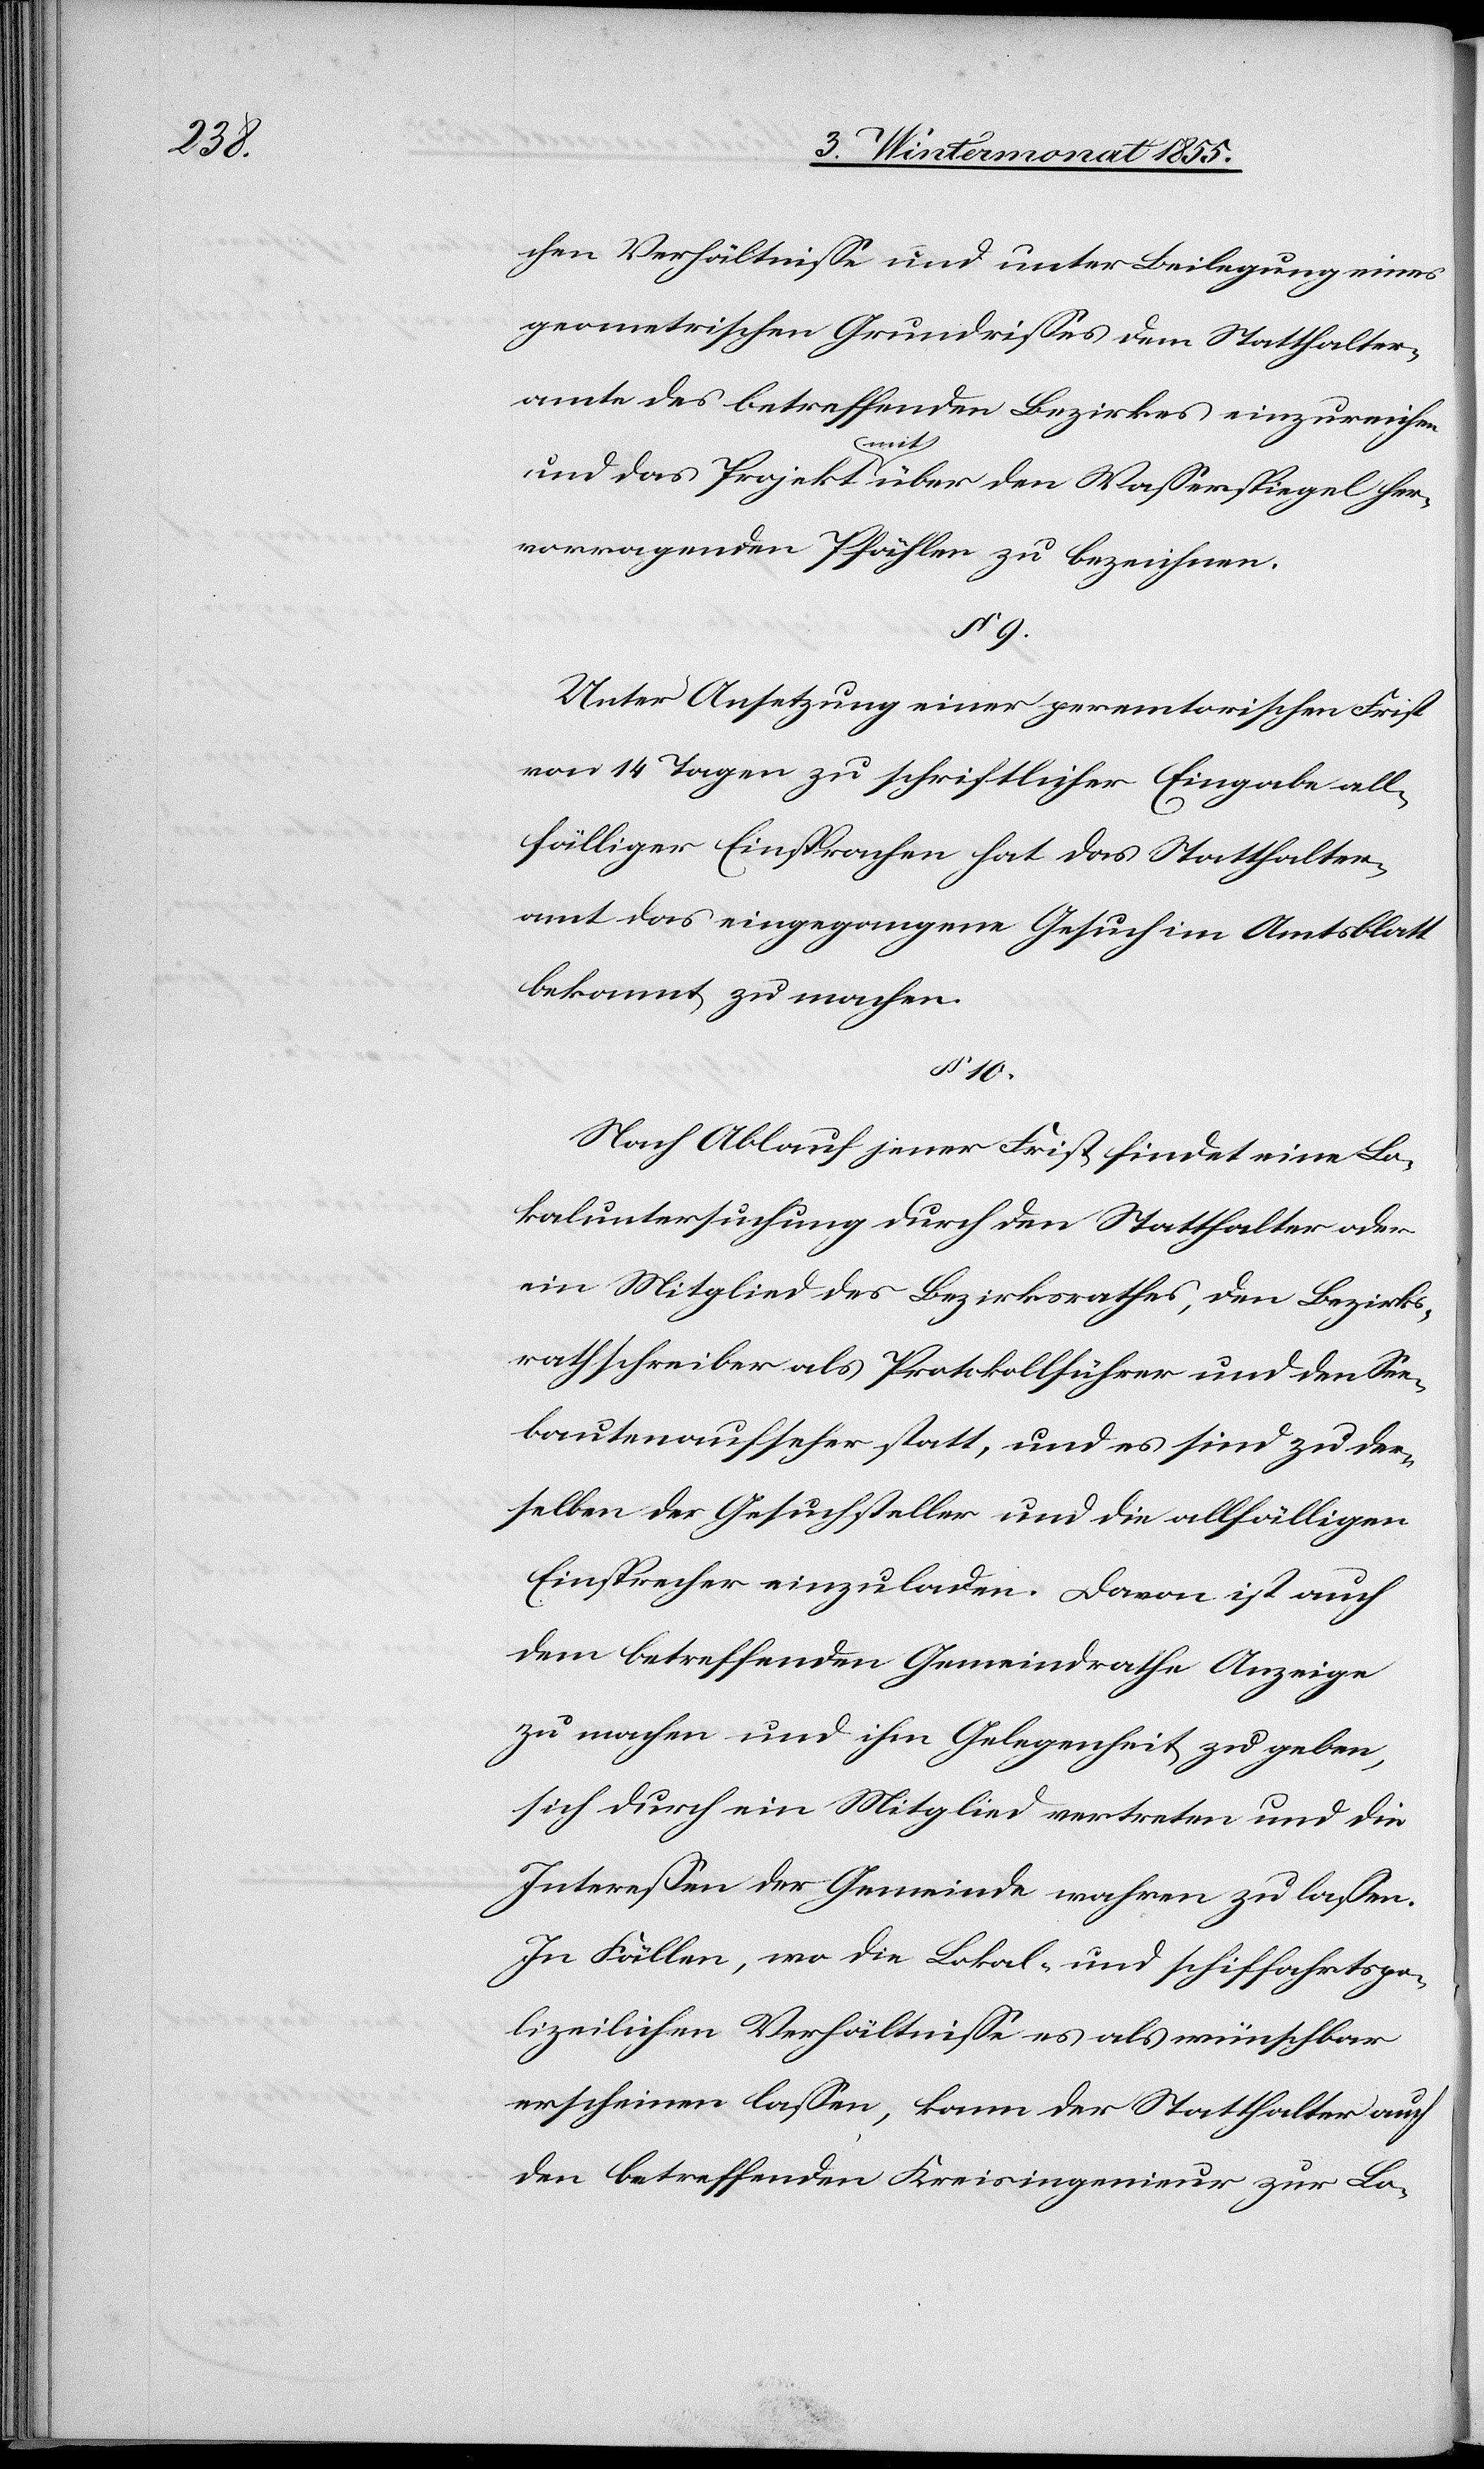
chen Verhältnisse und unter Beilegung eines
geometrischen Grundrisses dem Statthalter¬
amte des betreffenden Bezirkes einzureichen
und das Projekt mit über den Wasserspiegel her¬
vorragenden Pfählen zu bezeichnen.
§ 9.
Unter Ansetzung einer peremtorischen Frist
von 14 Tagen zu schriftlicher Eingabe all¬
fälliger Einsprachen hat das Statthalter¬
amt das eingegangene Gesuch im Amtsblatt
bekannt zu machen.
§ 10.
Nach Ablauf jener Frist findet eine Lo¬
kaluntersuchung durch den Statthalter oder
ein Mitglied des Bezirksrathes, den Bezirks¬
rathschreiber als Protokollführer und den See¬
bautenaufseher statt, und es sind zu der¬
selben der Gesuchsteller und die allfälligen
Einsprecher einzuladen. Davon ist auch
dem betreffenden Gemeindrathe Anzeige
zu machen und ihm Gelegenheit zu geben,
sich durch ein Mitglied vertreten und die
Interessen der Gemeinde wahren zu lassen.
In Fällen, wo die Lokal- und schiffahrtspo¬
lizeilichen Verhältnisse es als wünschbar
erscheinen lassen, kann der Statthalter auch
den betreffenden Kreisingenieur zur Lo-